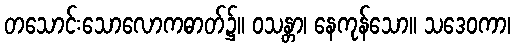
တသောင်းသောလောကဓာတ်၌။ ဝသန္တာ၊ နေကုန်သော။ သဒေဝကာ၊